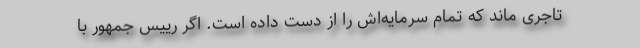
تاجری ماند که تمام سرمایه‌اش را از دست داده است. اگر رییس جمهور با